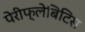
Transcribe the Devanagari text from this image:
पेरीफ्लेबिटिस